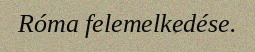
Róma felemelkedése.